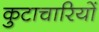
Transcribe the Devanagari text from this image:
कुटाचारियों